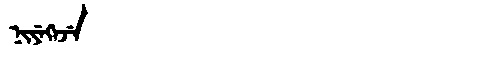
Manchu: ᠨᡳᠶᡝᡴᡝᠵᡝ
Romanization: NIYEKEJE